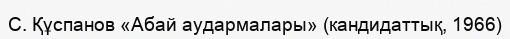
С. Құспанов «Абай аудармалары» (кандидаттық, 1966)